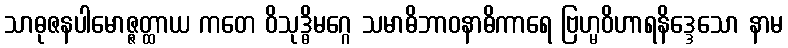
သာဓုဇနပါမောဇ္ဇတ္ထာယ ကတေ ဝိသုဒ္ဓိမဂ္ဂေ သမာဓိဘာဝနာဓိကာရေ ဗြဟ္မဝိဟာရနိဒ္ဒေသော နာမ